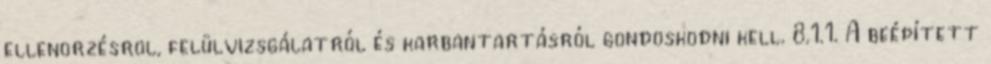
ellenõrzésrõl, felülvizsgálatról és karbantartásról gondoskodni kell. 8.1.1. A beépített